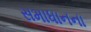
સમાધાનના